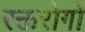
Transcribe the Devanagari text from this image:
रक्तरोगों